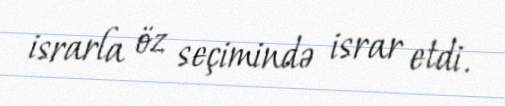
israrla öz seçimində israr etdi.